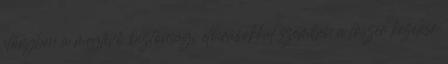
előnyben a meglévő biztonsági előírásokkal szemben a lőszer kezelése